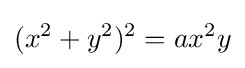
(x^{2}+y^{2})^{2}=ax^{2}y